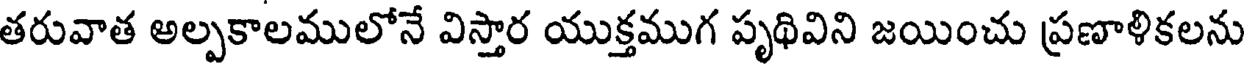
తరువాత అల్పకాలములోనే విస్తార యుక్తముగ పృథివిని జయించు ప్రణాళికలను